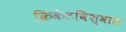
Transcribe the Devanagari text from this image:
क्रिकेटविश्वात